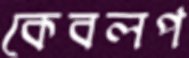
কেবলপ